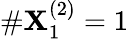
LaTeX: \# \mathbf{X}_{1}^{(2)}=1